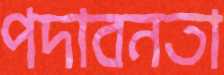
পদাবনতা